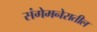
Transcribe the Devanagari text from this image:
संगेमनेरातील